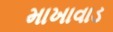
માખાવાડ